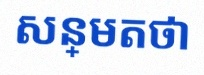
សន្មតថា